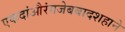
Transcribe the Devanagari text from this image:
एकदांऔरंगजेबबादशहाने